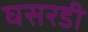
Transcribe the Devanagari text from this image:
घसरडी